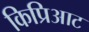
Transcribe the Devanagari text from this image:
किप्रिआट